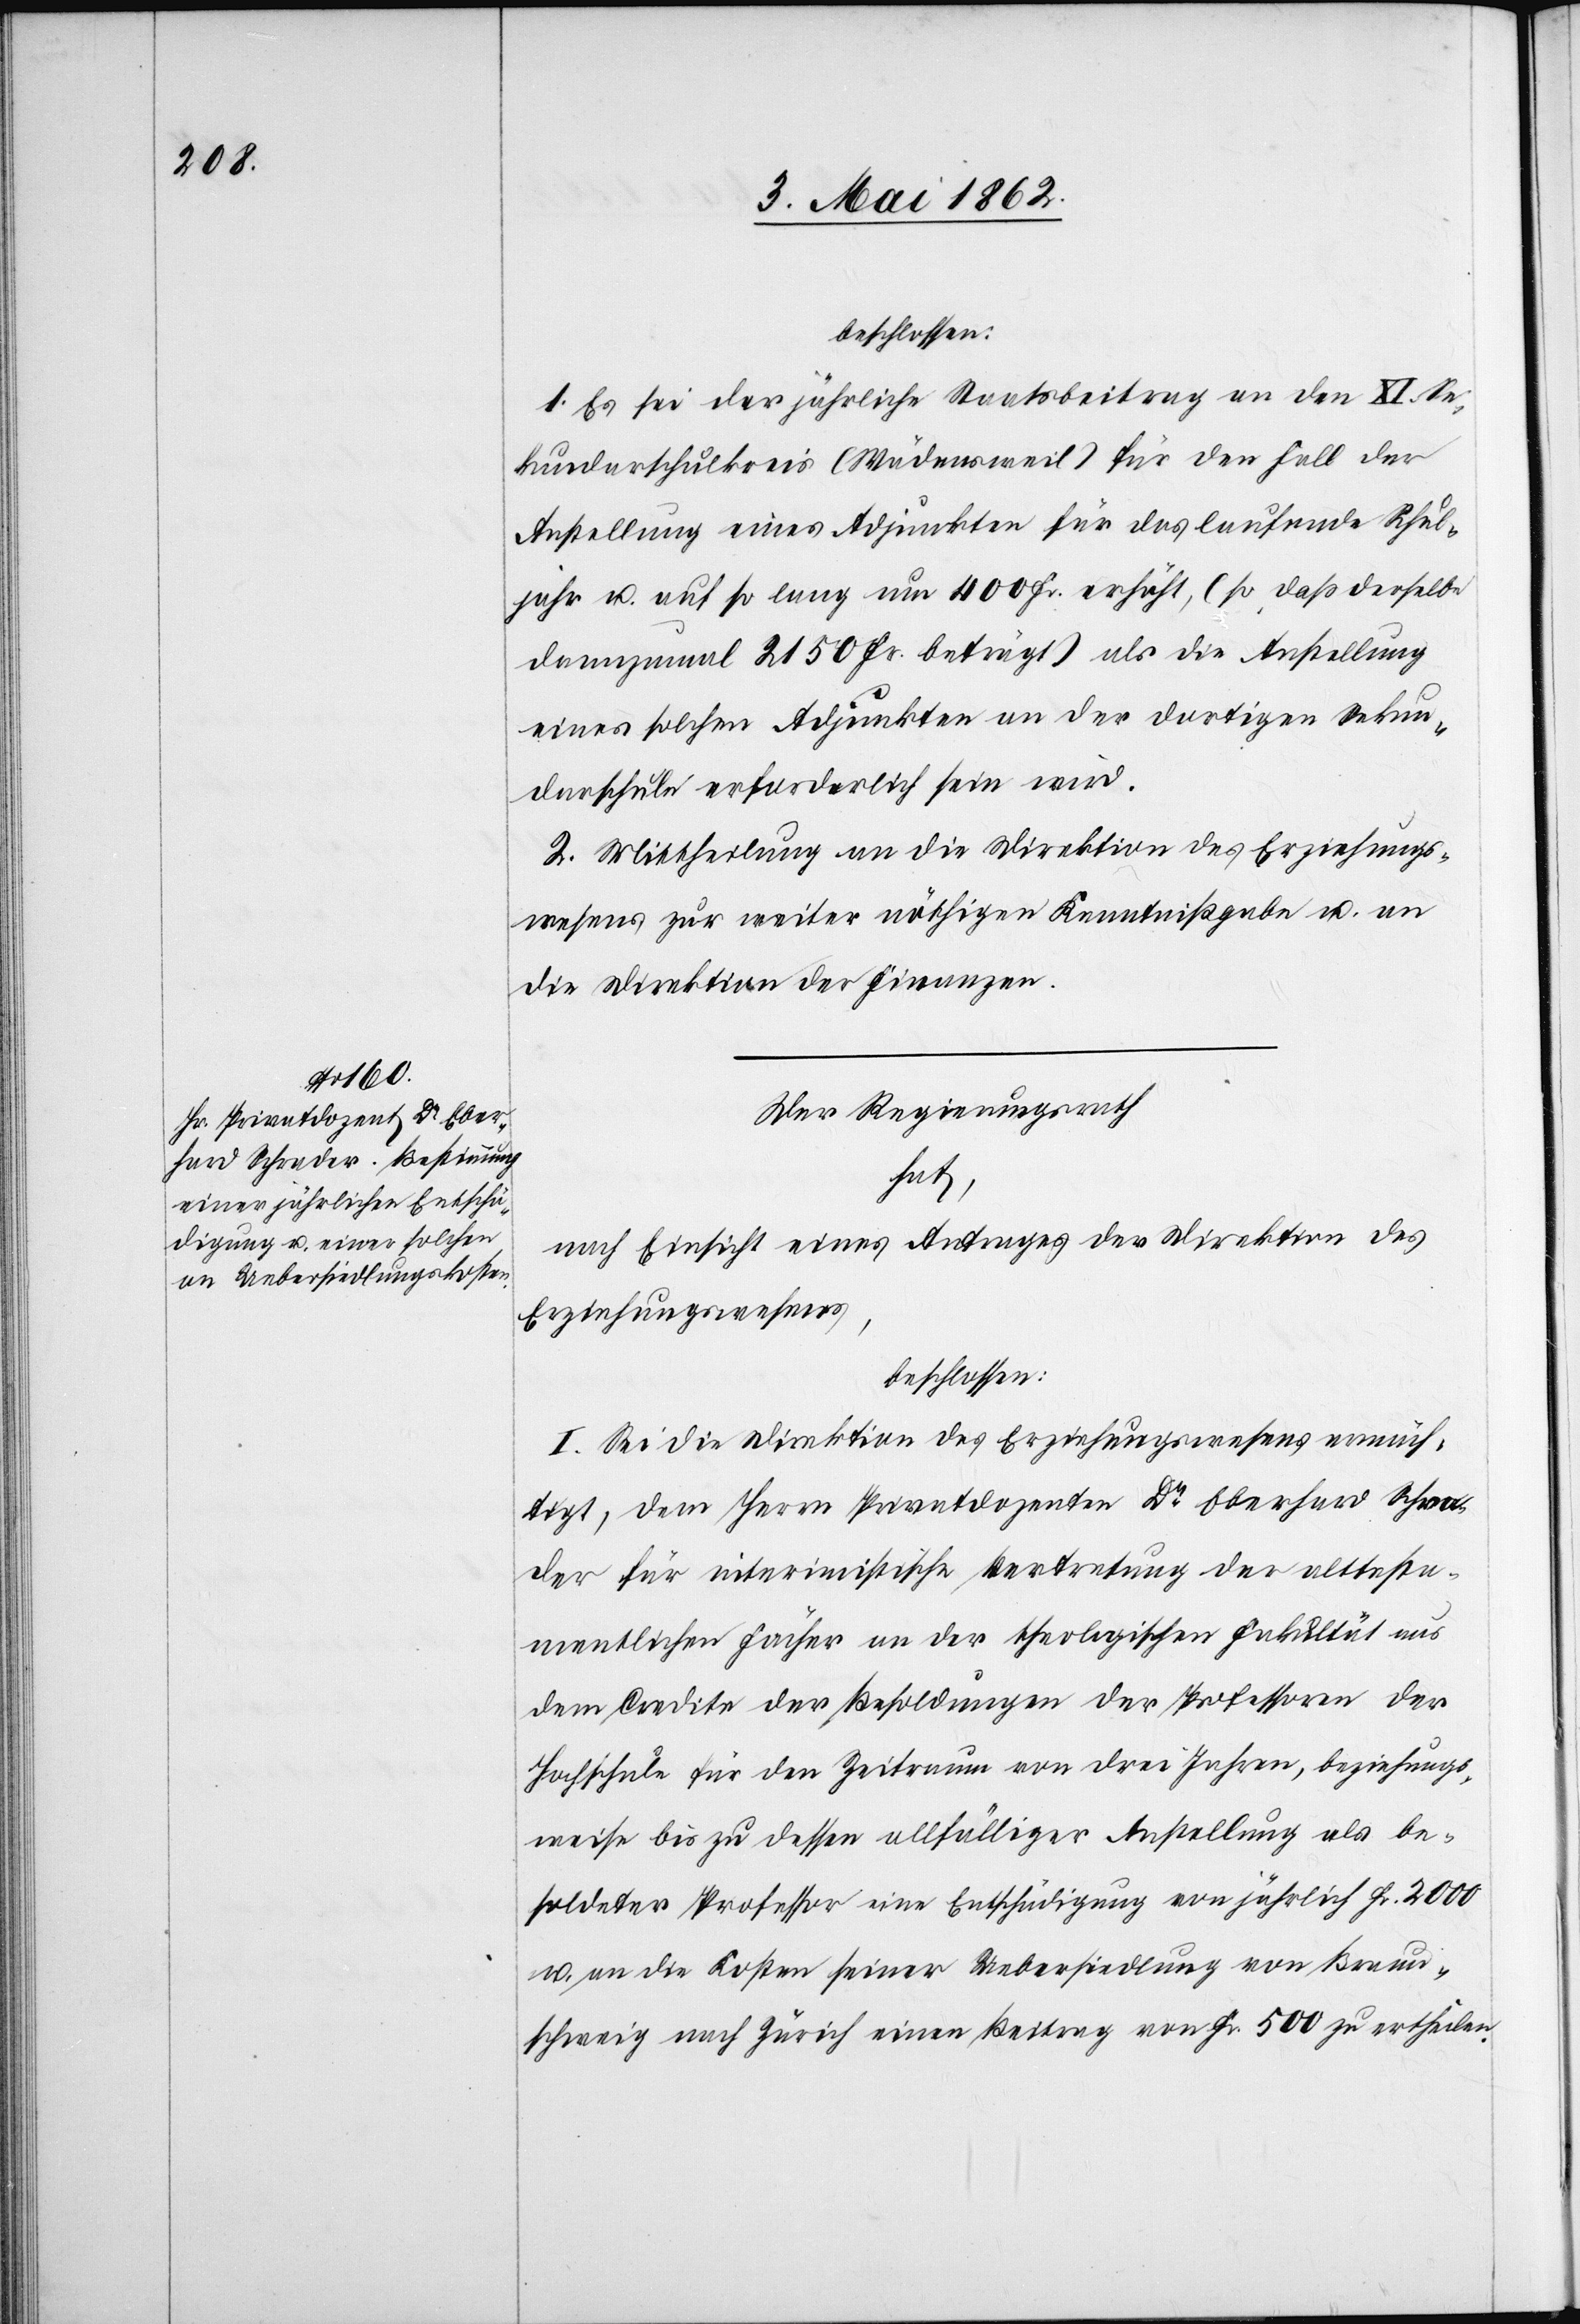
beschlossen:
1. Es sei der jährliche Staatsbeitrag an den XI Se¬
kundarschulkreis (Wädensweil) für den Fall der
Anstellung eines Adjunkten für das laufende Schul¬
jahr u. auf so lang um 400 Fr. erhöht, (so daß derselbe
dannzumal 2150 Fr. beträgt) als die Anstellung
eines solchen Adjunkten an der dortigen Sekun¬
darschule erforderlich sein wird.
2. Mittheilung an die Direktion des Erziehungs¬
wesens zur weiter nöthigen Kenntnißgabe u. an
die Direktion der Finanzen.
Der Regierungsrath
hat,
nach Einsicht eines Antrages der Direktion des
Erziehungswesen,
beschlossen:
I. Sei die Direktion des Erziehungswesens ermäch¬
tigt, dem Herrn Privatdozenten Dr. Eberhard Schre¬
der für interimistische Vertretung der alttesta¬
mentlichen Fächer an der theologischen Fakultät aus
dem Credite der Besoldungen der Professoren der
Hochschule für den Zeitraum von drei Jahren, beziehungs¬
weise bis zu dessen allfälliger Anstellung als be¬
soldeter Professor eine Entschädigung von jährlich Fr. 2000
u. an die Kosten seiner Uebersiedlung von Braun¬
schweig nach Zürich einen Beitrag von Fr. 500 zu ertheilen.